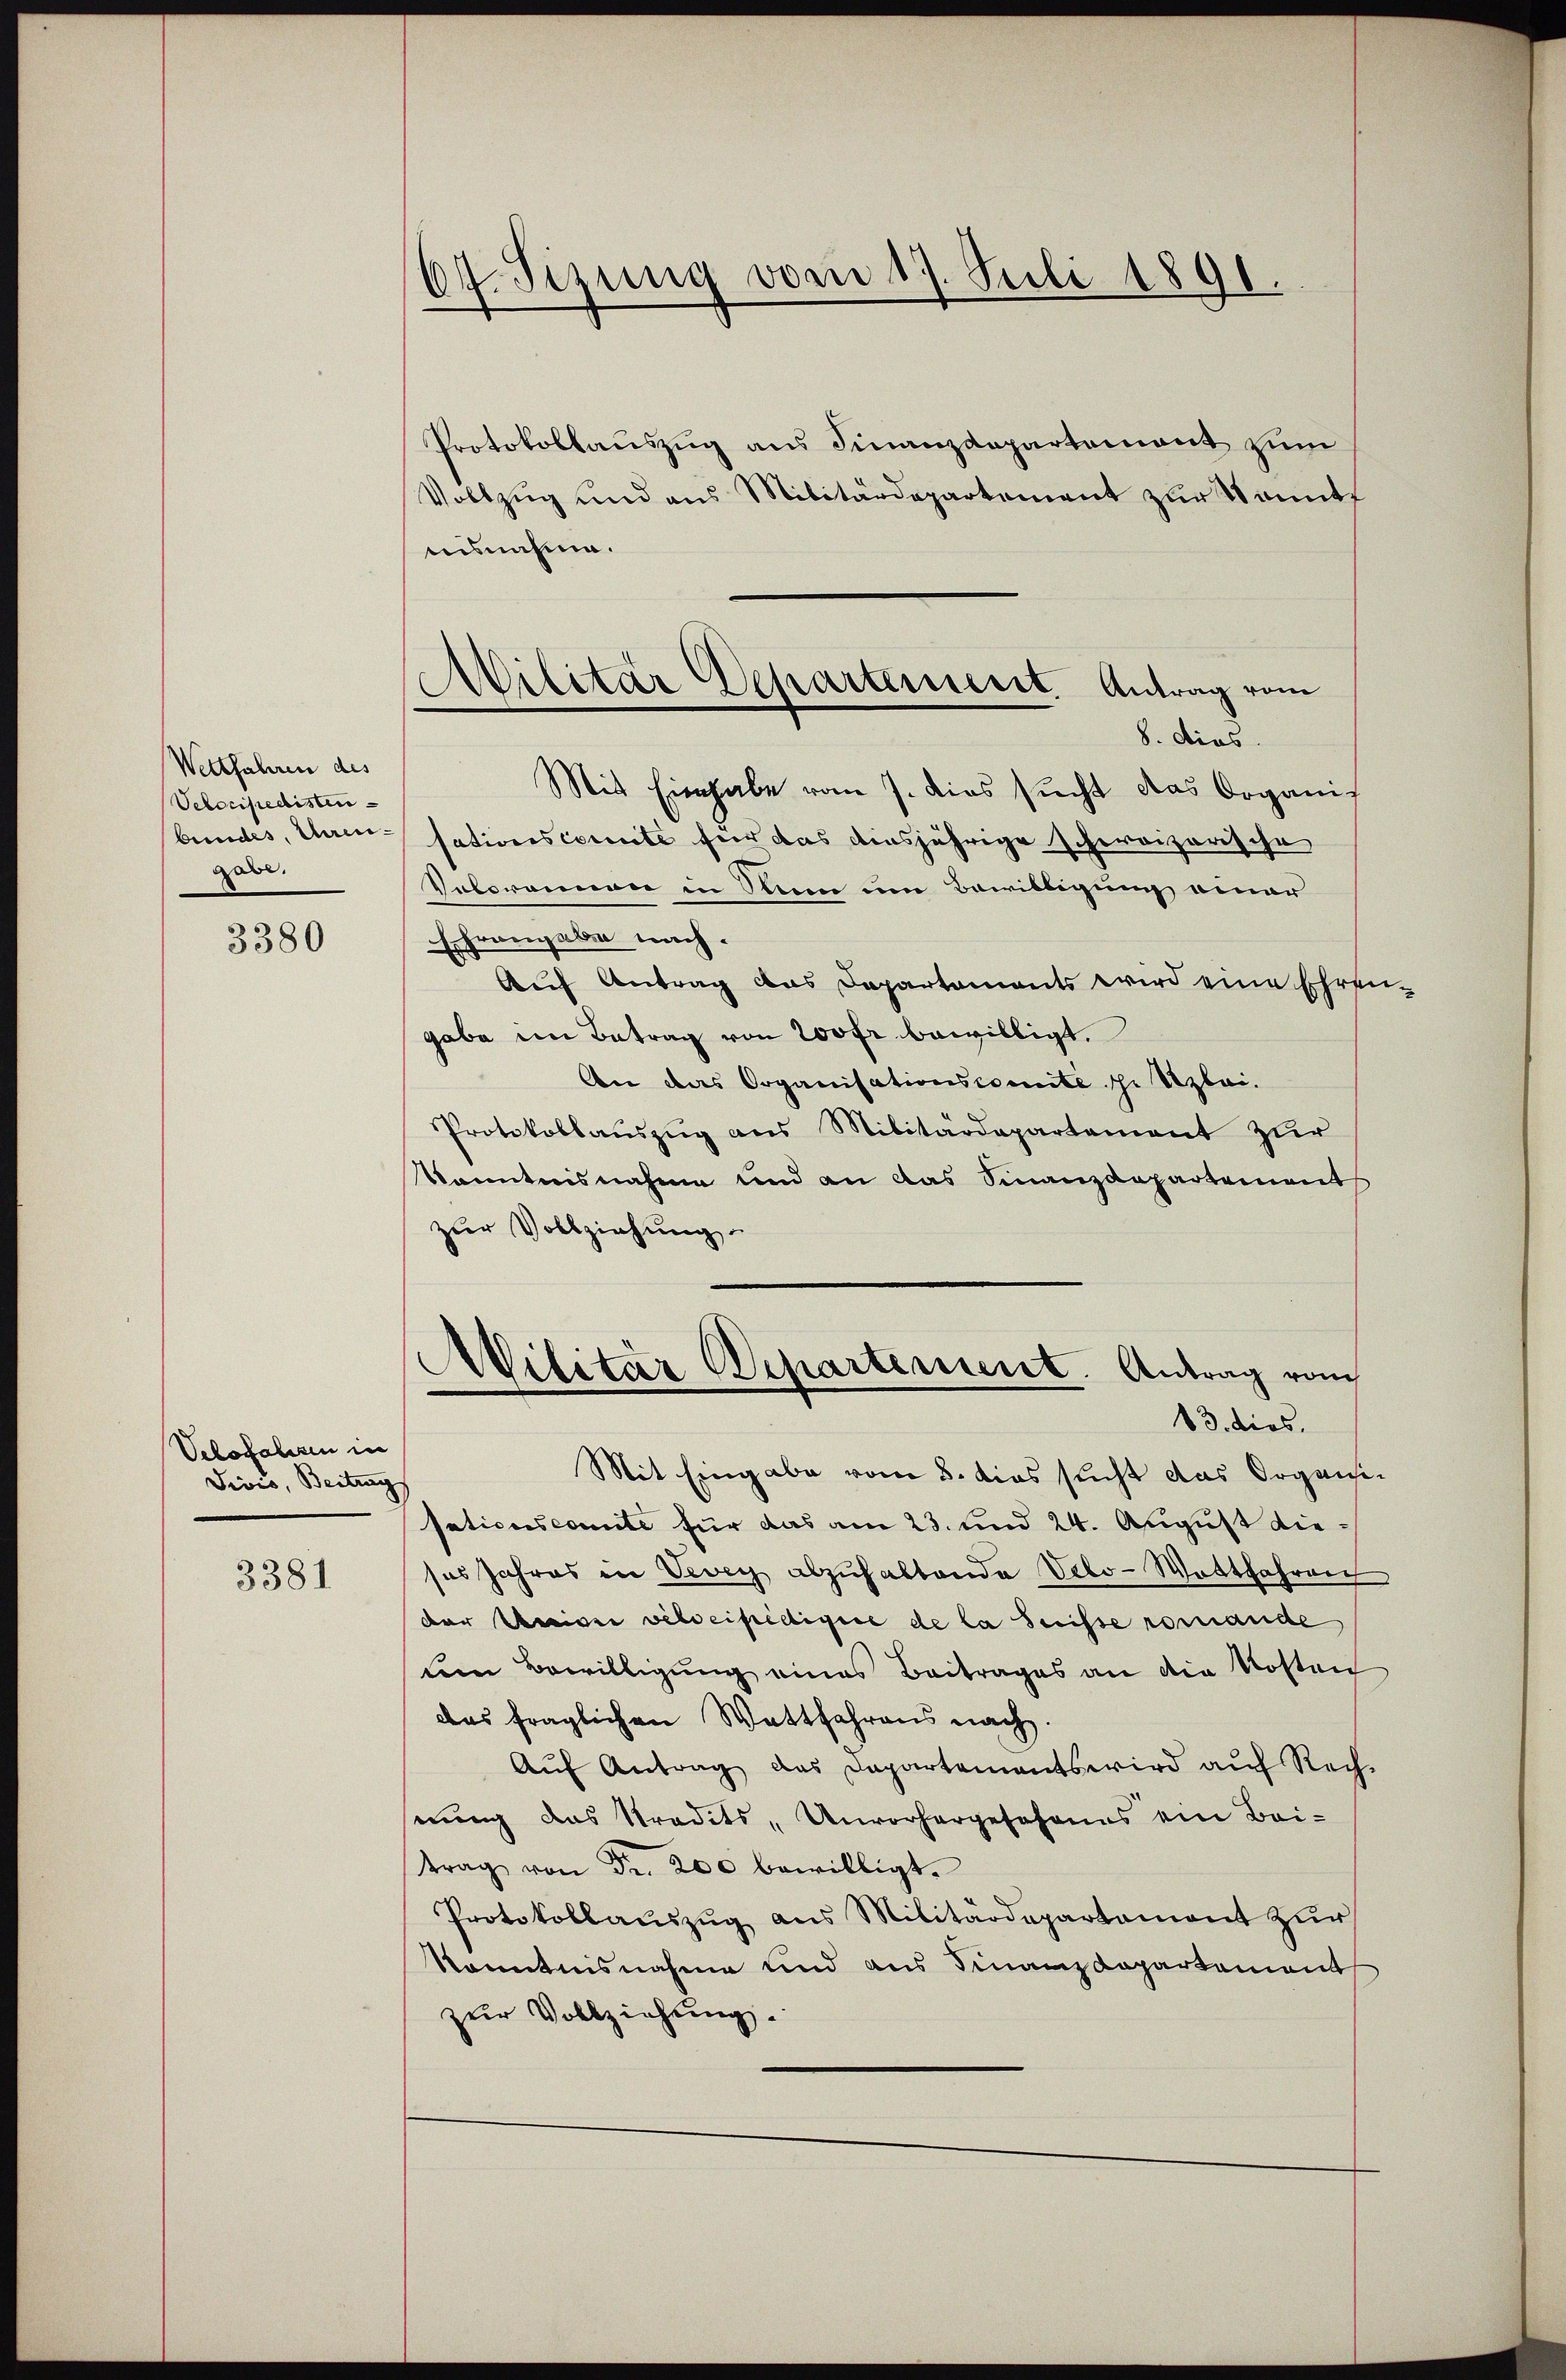
Wettfahren des
Velocipedisten
bundes, Ehrengabe.

3380

Velofahren in
Divis, Beitrag

3381

67. Sizung vom 17. Juli 1891.

Militär Departement. Antrag vom
8. dies
Mit Eingabe vom 7. dies sucht das Organis

Protokollauszug aus Finanzdepartemont zum
Vollzug und aus Militärdepartement zur Sonnt
ausnahme.
sationscomite für das diesjährige schweizerische
Vatoreimon in Rinn um Bewilligung einer
Echrangaben nach.
Auf Antrag des Departements wird eine Ehrengabe im Betrag von 200 fr bewilligt.
An das Organisationscomite schi Szbei.
Protokollaŭszŭg ans Militärdepartement zur
Kenntnisnahme und an das Finanzdepartements
zur Vollziehung
Militär Departement. Antrag vom
13. dies.
Mit Eingabe vom 8. dies sucht das Organisationscomite für das am 23. und 24. August dieses Jahres in Vevey abzuhaltende Velo-Wottfahren
der Univer velocipedigire de la Suisse romande
dein Bewilligung eines Beitrages an die Kosten
das fraglichen Wattfahrens nach.
Aŭf Antrag das Departements wird aŭf Rech-
nung das Stradits, Unvorhergesehenes ein Bei-
trag von Fr. 200 bewilligt.
Protokollaŭszŭg aŭs Militärdepartament zŭr
Kenntnisnahme und aus Finanzdepartement
zur Vollziehung.